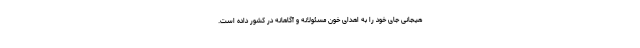
هیجانی جای خود را به اهدای خون مسئولانه و آگاهانه در کشور داده است.